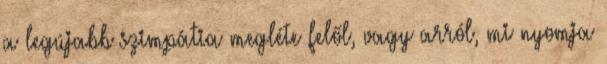
a legújabb szimpátia megléte felől, vagy arról, mi nyomja